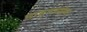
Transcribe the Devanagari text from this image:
वाङ्‌मयसेवा